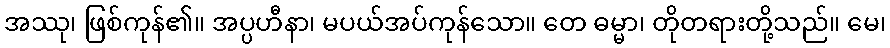
အဿု၊ ဖြစ်ကုန်၏။ အပ္ပဟီနာ၊ မပယ်အပ်ကုန်သော။ တေ ဓမ္မာ၊ တိုတရားတို့သည်။ မေ၊